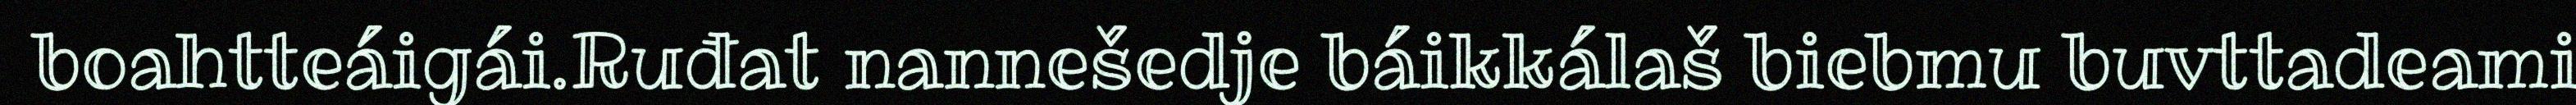
boahtteáigái.Ruđat nannešedje báikkálaš biebmu buvttadeami